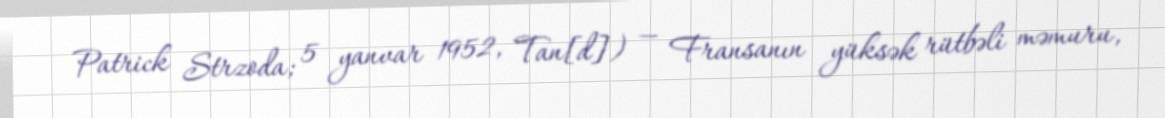
Patrick Strzoda; 5 yanvar 1952, Tan[d]) — Fransanın yüksək rütbəli məmuru,